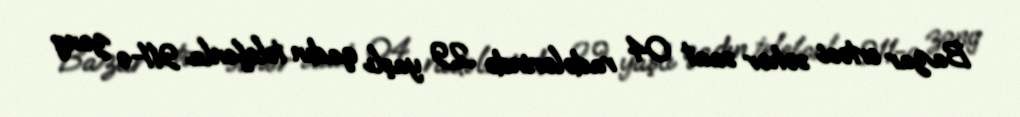
Bazar ertəsi səhər saat 04 radələrində 29 yaşlı qadın telefonla 911-ə zəng